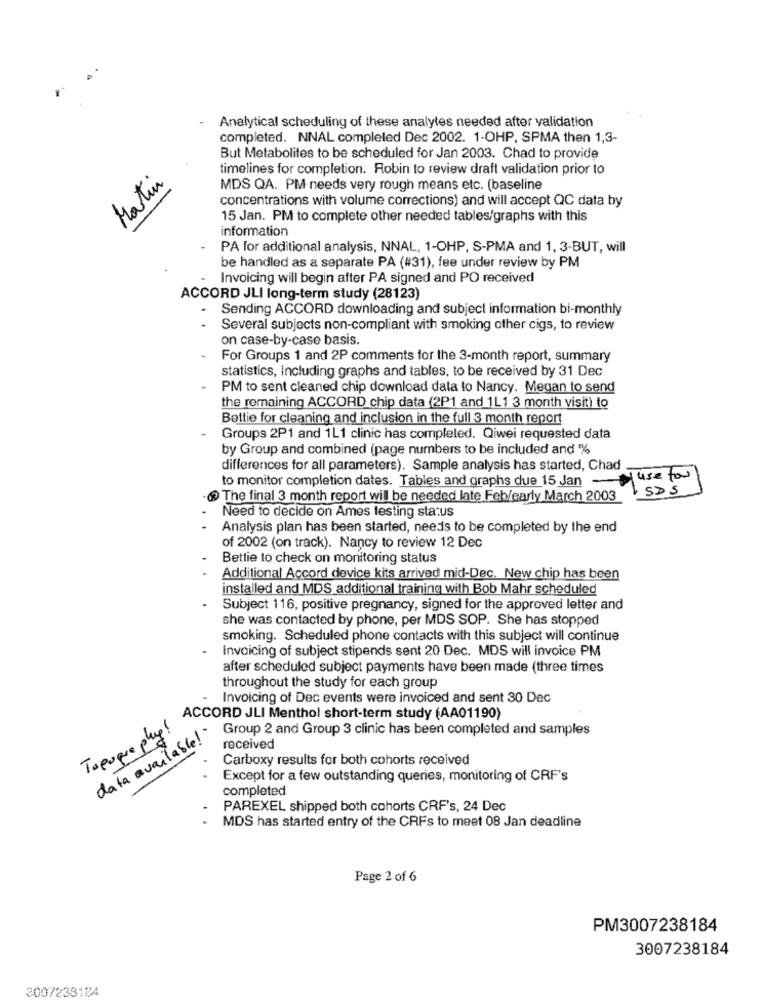
Analytical scheduling of these analytes needed after validation
-
completed. NNAL compleled Dec 2002. 1-OHP, SPMA then 1,3-
But Metabolites to be scheduled for Jan 2003. Chad to provide
timelines for completion. Robin to review draft validation prior to
Martin
MDS QA. PM needs very rough means etc. (baseline
concentrations with volume corrections) and will accept QC data by
15 Jan. PM to complete other needed tables/graphs with this
information
-
PA for additional analysis, NNAL, 1-OHP, S-PMA and 1, 3-BUT, will
be handled as a separate PA (#31), fee under review by PM
Invoicing will begin after PA signed and PO received
ACCORD JLI long-term study (28123)
Sending ACCORD downloading and subject information bi-monthly
Several subjects non-compliant with smoking other cigs, to review
on case-by-case basis.
For Groups 1 and 2P comments for the 3-month report, summary
statistics, Including graphs and tables, to be received by 31 Dec
PM to sent cleaned chip download data lo Nancy. Megan to send
the remaining ACCORD chip data (2P1 and 1L1 3 month visit) to
Bettie for cleaning and inclusion in the full 3 month report
Groups 2P1 and 1L1 clinic has completed. Qiwei requested data
by Group and combined (page numbers to be included and %
differences for all parameters). Sample analysis has started, Chad
to monitor completion dates. Tables and graphs due 15 Jan -
use for
SDS
The final 3 month report will be needed late Feb/early March 2003
Need to decide on Ames testing status
Analysis plan has been started, needs to be completed by the end
of 2002 (on track). Nancy to review 12 Dec
Bettie to check on monitoring status
Additional Accord device kits arrived mid-Dec. New chip has been
installed and MDS additional training with Bob Mahr scheduled
Subject 116, positive pregnancy, signed for the approved letter and
she was contacted by phone, per MDS SOP. She has stopped
smoking. Scheduled phone contacts with this subject will continue
Invoicing of subject stipends sent 20 Dec. MDS will invoice PM
after scheduled subject payments have been made (three times
throughout the study for each group
Invoicing of Dec events were invoiced and sent 30 Dec
ACCORD JLI Menthol short-term study (AA01190)
Topuque plus!
data available!"
Group 2 and Group 3 clinic has been completed and samples
received
Carboxy results for both cohorts received
Except for a few outstanding queries, monitoring of CRF's
completed
PAREXEL shipped both cohorts CRF's, 24 Dec
MDS has started entry of the CRFs to meet 08 Jan deadline
Page 2 of 6
PM3007238184
3007238184
3007238184